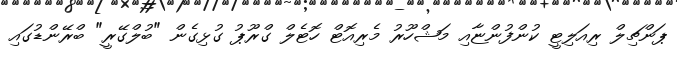
ޕަންޗިލް ރިއަލިޓީ ކުންފުންޏާއި މަޝްހޫރު މެރިއޮޓް ހޮޓެލް ގްރޫޕު ގުޅިގެން "ބުލްގޭރީ" ބްރޭންޑުގައި